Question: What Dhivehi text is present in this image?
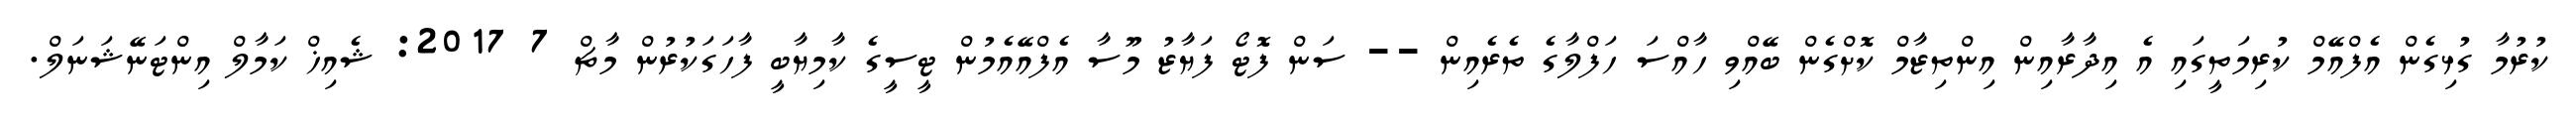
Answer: ކުރުމާ ގުޅިގެން އެފްއޭމް ކުރިމަތީގައި އެ އިދާރާއިން އިންތިޒާމް ކޮށްގެން ބޭއްވި ހާއްސަ ހަފްލާގެ ތެރެއިން -- ސަން ފޮޓޯ ފަޔާޒު މޫސާ އެފްއޭއެމުން ޓީސީގެ ކާމިޔާބީ ފާހަގަކުރުން މާޗް 7 2017: ޝެއިޚް ކަމާލް އިންޓަނޭޝަނަލް.